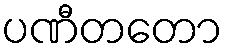
ပဏီတတော